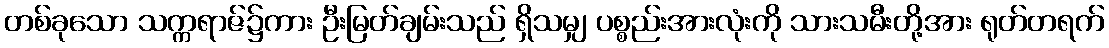
တစ်ခုသော သက္ကရာဇ်၌ကား ဦးမြတ်ချမ်းသည် ရှိသမျှ ပစ္စည်းအားလုံးကို သားသမီးတို့အား ရုတ်တရက်